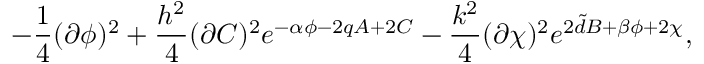
- \frac { 1 } { 4 } ( \partial \phi ) ^ { 2 } + \frac { h ^ { 2 } } { 4 } ( \partial C ) ^ { 2 } e ^ { - \alpha \phi - 2 q A + 2 C } - \frac { k ^ { 2 } } { 4 } ( \partial \chi ) ^ { 2 } e ^ { 2 { \tilde { d } } B + \beta \phi + 2 \chi } ,